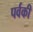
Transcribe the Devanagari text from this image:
पर्वकी